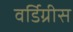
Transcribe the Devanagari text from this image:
वर्डिग्रीस